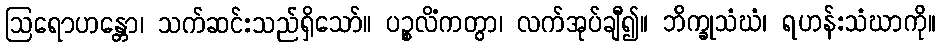
ဩရောဟန္တော၊ သက်ဆင်းသည်ရှိသော်။ ပဉ္စလိံကတွာ၊ လက်အုပ်ချီ၍။ ဘိက္ခုသံဃံ၊ ရဟန်းသံဃာကို။